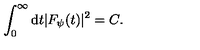
\int _ { 0 } ^ { \infty } \mathrm { d } t | F _ { \psi } ( t ) | ^ { 2 } = C .